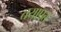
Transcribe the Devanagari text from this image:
तयाप्रत